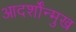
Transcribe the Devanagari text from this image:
आदर्शोंन्मुख